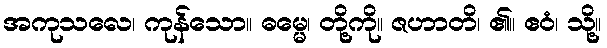
အကုသလေ၊ ကုန်သော။ ဓမ္မေ၊ တို့ကို။ ဇဟာတိ၊ ၏။ ဧဝံ၊ သို့။